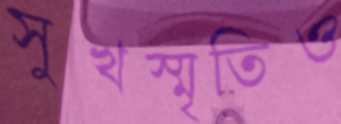
সুখস্মৃতিও